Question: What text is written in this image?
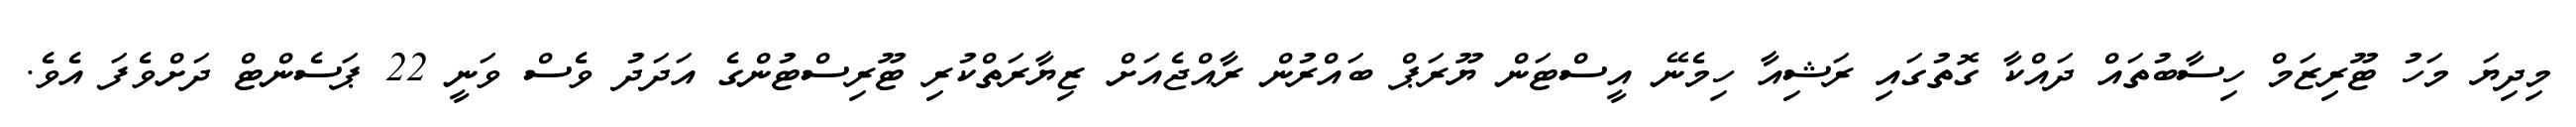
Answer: މިދިޔަ މަހު ޓޫރިޒަމް ހިސާބުތައް ދައްކާ ގޮތުގައި ރަޝިއާ ހިމެނޭ އީސްޓަން ޔޫރަޕް ބައްރުން ރާއްޖެއަށް ޒިޔާރަތްކުރި ޓޫރިސްޓުންގެ އަދަދު ވެސް ވަނީ 22 ޕަސެންޓް ދަށްވެފަ އެވެ.